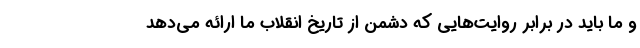
و ما باید در برابر روایت‌هایی که دشمن از تاریخ انقلاب ما ارائه می‌دهد